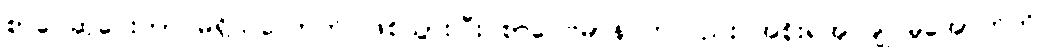
စာပေဆုပေးတာ မရှိသလောက် ဖြစ်သွားပြီး စာပေဗိမာန် ကလည်း အစိုးရအုပ်ချုပ်မှုအောက်ကို